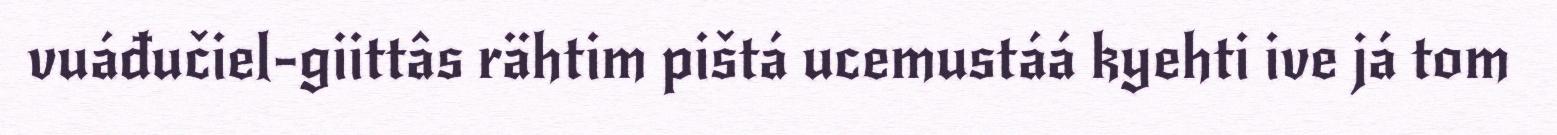
vuáđučiel-giittâs rähtim pištá ucemustáá kyehti ive já tom